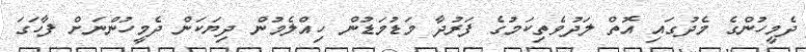
ދެމީހުންގެ މެދުގައި އޮތް ލަދުވެތިކަމުގެ ފަރުދާ މަޑުމަޑުން ހިއްލެމުން ދިޔަކަން ދެމީހުންނަށް ފާހަގަ